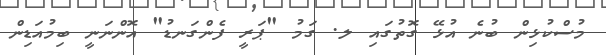
މުސްކުޅިން ބުނެ އުޅޭ ގޮތުގައި ލ. ގަމު "ޕަރީ ފެންގަނޑު" އޮންނަނީ ބިމުއަޑިން